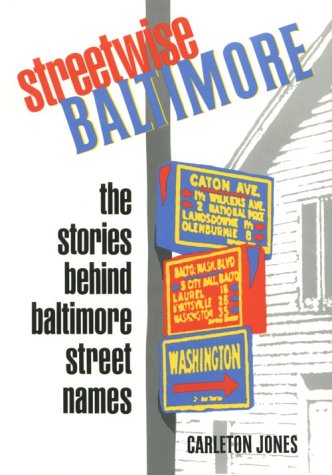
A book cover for Streetwise Baltimore; Carleton Jones; Travel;